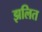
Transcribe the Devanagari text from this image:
झलित